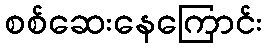
စစ်ဆေးနေကြောင်း